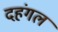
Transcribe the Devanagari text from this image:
दहंगल